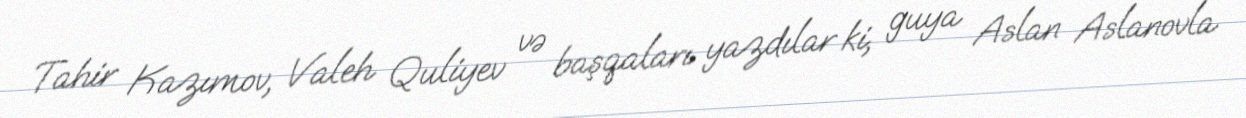
Tahir Kazımov, Valeh Quliyev və başqaları yazdılar ki, guya Aslan Aslanovla